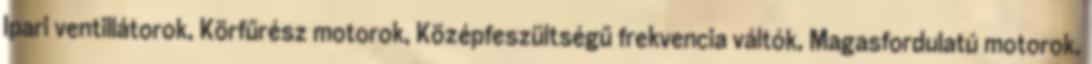
Ipari ventillátorok, Körfűrész motorok, Középfeszültségű frekvencia váltók, Magasfordulatú motorok,